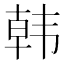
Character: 韩